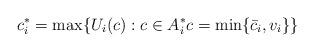
LaTeX: \begin{align*} c^*_i= \max \{U_i(c): c\in A^*_i c=\min\{\bar{c}_i,v_i\}\}\end{align*}